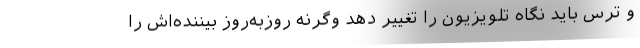
و ترس باید نگاه تلویزیون را تغییر دهد وگرنه روزبه‌روز بیننده‌اش را